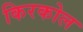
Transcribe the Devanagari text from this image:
किरकोल